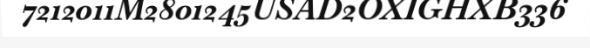
7212011M2801245USAD2OXIGHXB336